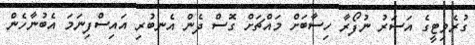
ގުރެވިޓީގެ އަސަރު ނުފޯރާ ހިސާބަށް މައްޗަށް ގޮސް ދެން އެނބުރި އައިސްފިނަމަ އެބުނާހެން